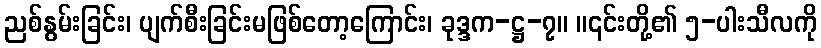
ညစ်နွမ်းခြင်း၊ ပျက်စီးခြင်းမဖြစ်တော့ကြောင်း၊ ခုဒ္ဒက-ဋ္ဌ-၇။ ။၎င်းတို့၏ ၅-ပါးသီလကို